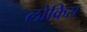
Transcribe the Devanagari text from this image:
लोक्रिस